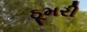
ઠૂમરી